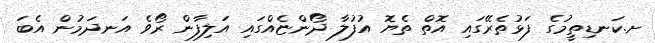
ށ.ކަނޑިތީމުގެ ފަޅުތެރޭގައި އޮތް ތެޔޮ އުފުލާ ދޯންޏެއްގައި އަލިފާން ރޯވެ އަނދަމުން އެބަ